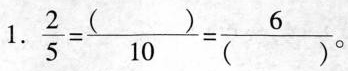
1. $$\frac { 2 } { 5 } = \frac { ( ) } { 1 0 } = \frac { 6 } { ( ) }$$ 。